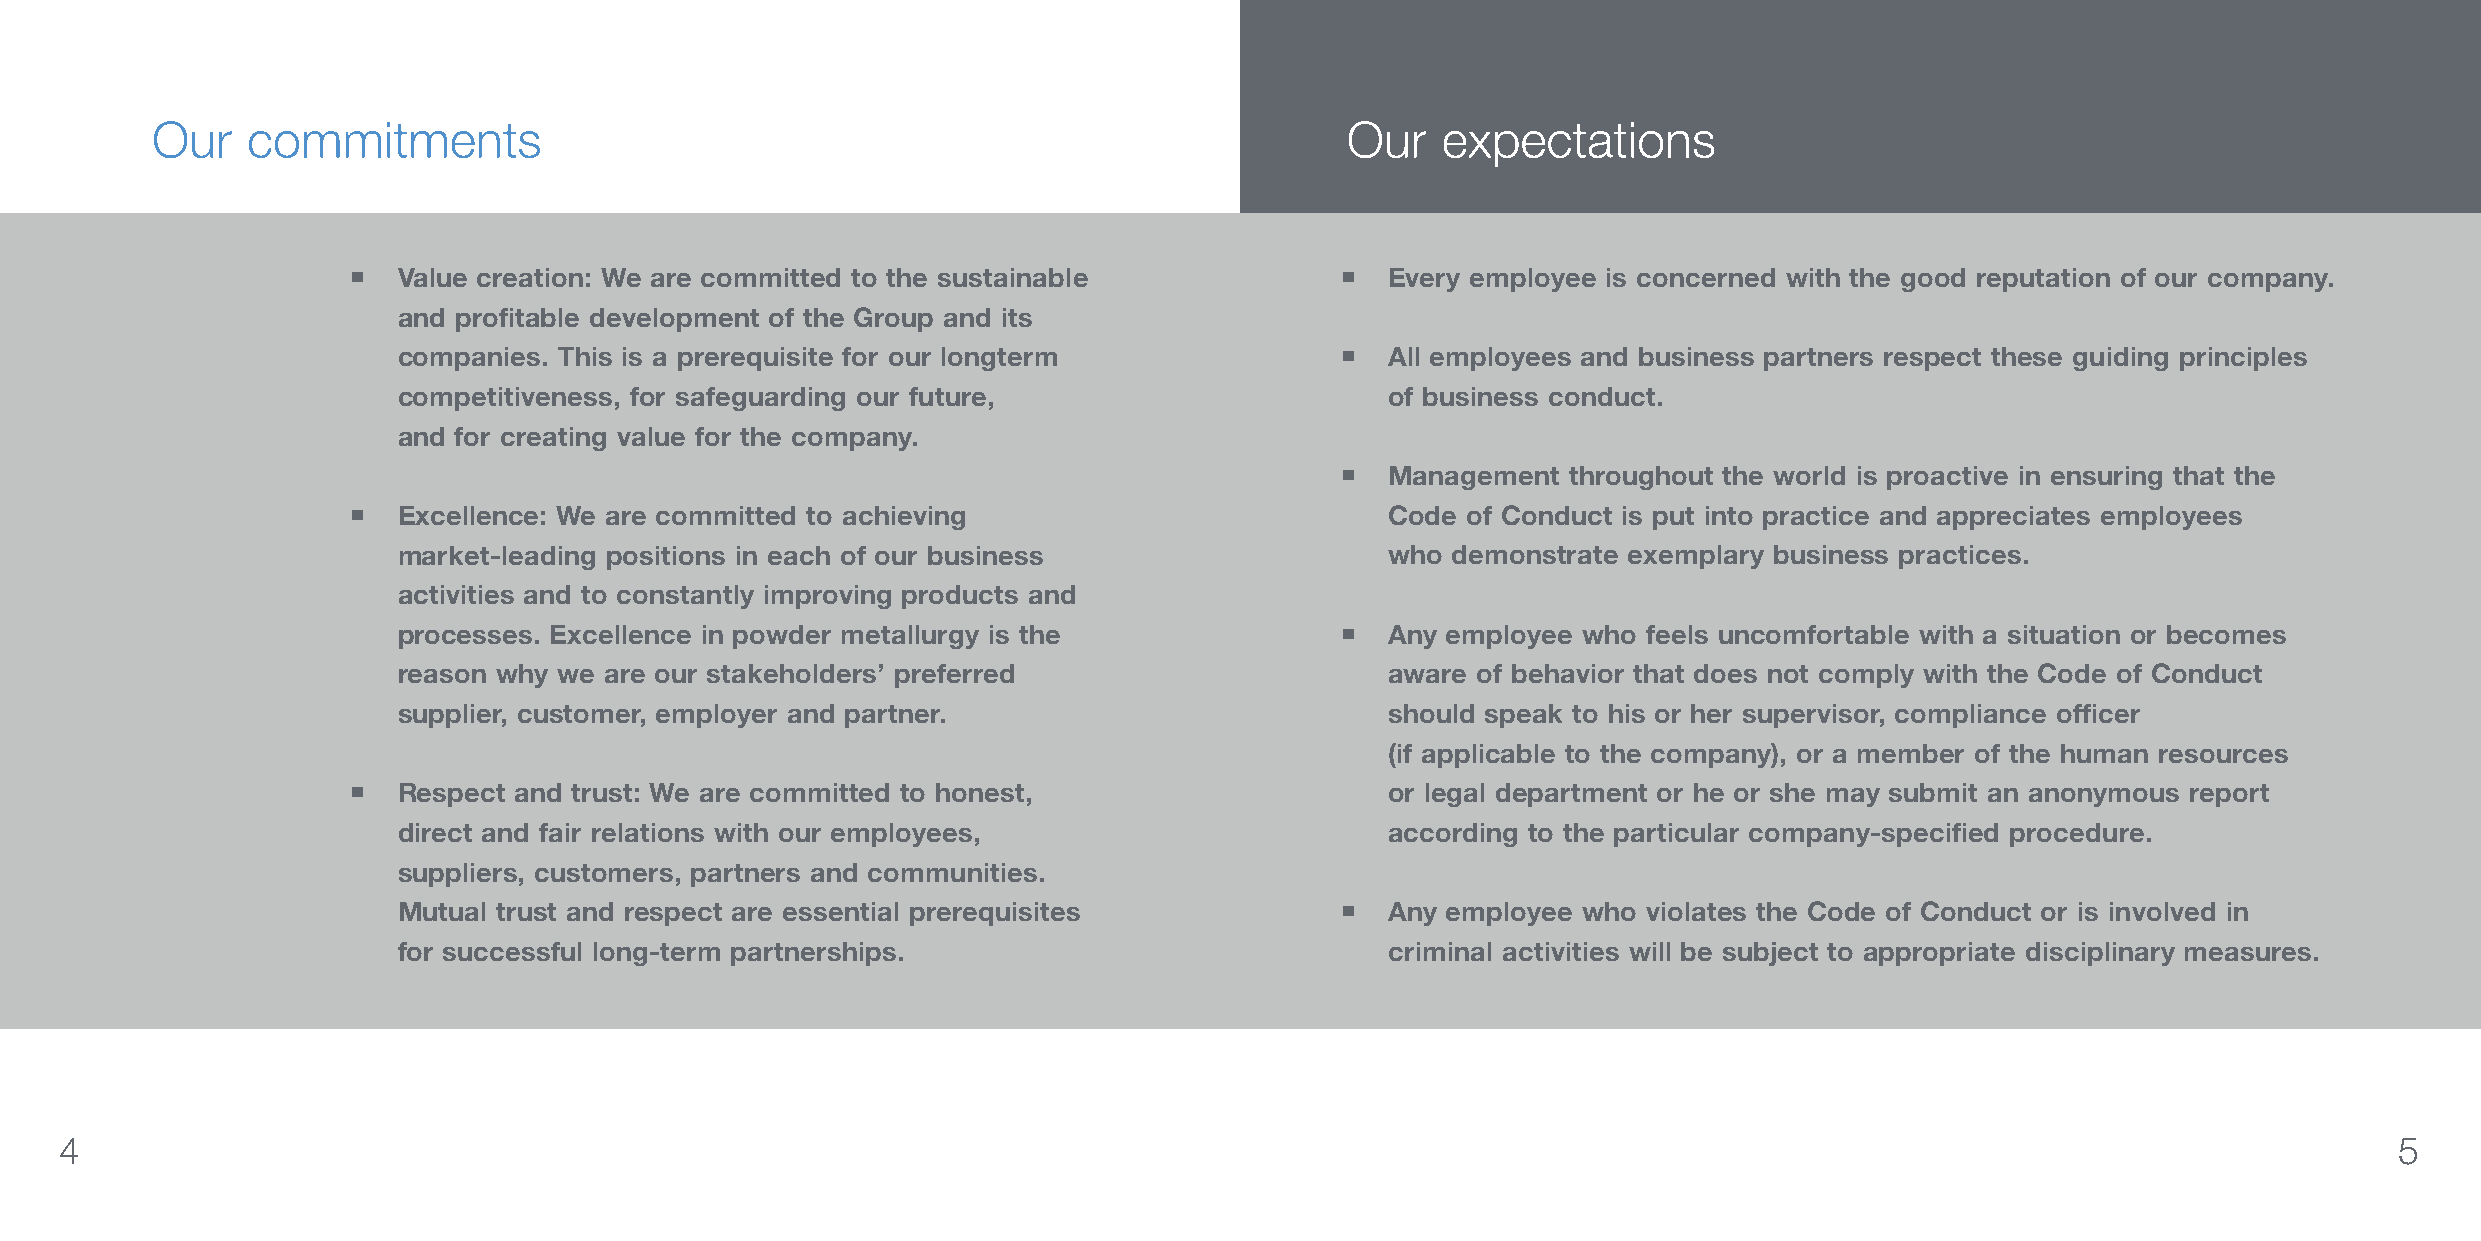
Our   commitments                                                              Our   expectations
 ”
   Value creation: We are committed to the sustainable              Every employee is concerned with the good reputation of our company.
 and profitable development of the Group and its
 companies. This is a prerequisite for our longterm               All employees and business partners respect these guiding principles
 competitiveness, for safeguarding our future,                     of business conduct.
 and for creating value for the company.
   Management  throughout the world is proactive in ensuring that the
   Excellence: We are committed to achieving                         Code of Conduct is put into practice and appreciates employees
 market-leading positions in each of our business                  who demonstrate exemplary business practices.
 activities and to constantly improving products and
 processes. Excellence in powder metallurgy is the                Any employee who feels uncomfortable with a situation or becomes
 reason why we are our stakeholders’ preferred                     aware of behavior that does not comply with the Code of Conduct
 supplier, customer, employer and partner.                         should speak to his or her supervisor, compliance officer
 (if applicable to the company), or a member of the human resources
   Respect and trust: We are committed to honest,                    or legal department or he or she may submit an anonymous report
 direct and fair relations with our employees,                     according to the particular company-specified procedure.
 ”
 suppliers, customers, partners and communities.
 Mutual trust and respect are essential prerequisites             Any employee who violates the Code of Conduct or is involved in
 for successful long-term partnerships.                            criminal activities will be subject to appropriate disciplinary measures.
 4                                                                                                                                                          5